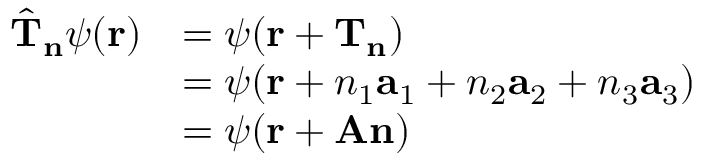
{ \begin{array} { r l } { { \hat { \mathbf { T } } } _ { \mathbf { n } } \psi ( \mathbf { r } ) } & { = \psi ( \mathbf { r } + \mathbf { T } _ { \mathbf { n } } ) } \\ & { = \psi ( \mathbf { r } + n _ { 1 } \mathbf { a } _ { 1 } + n _ { 2 } \mathbf { a } _ { 2 } + n _ { 3 } \mathbf { a } _ { 3 } ) } \\ & { = \psi ( \mathbf { r } + \mathbf { A } \mathbf { n } ) } \end{array} }